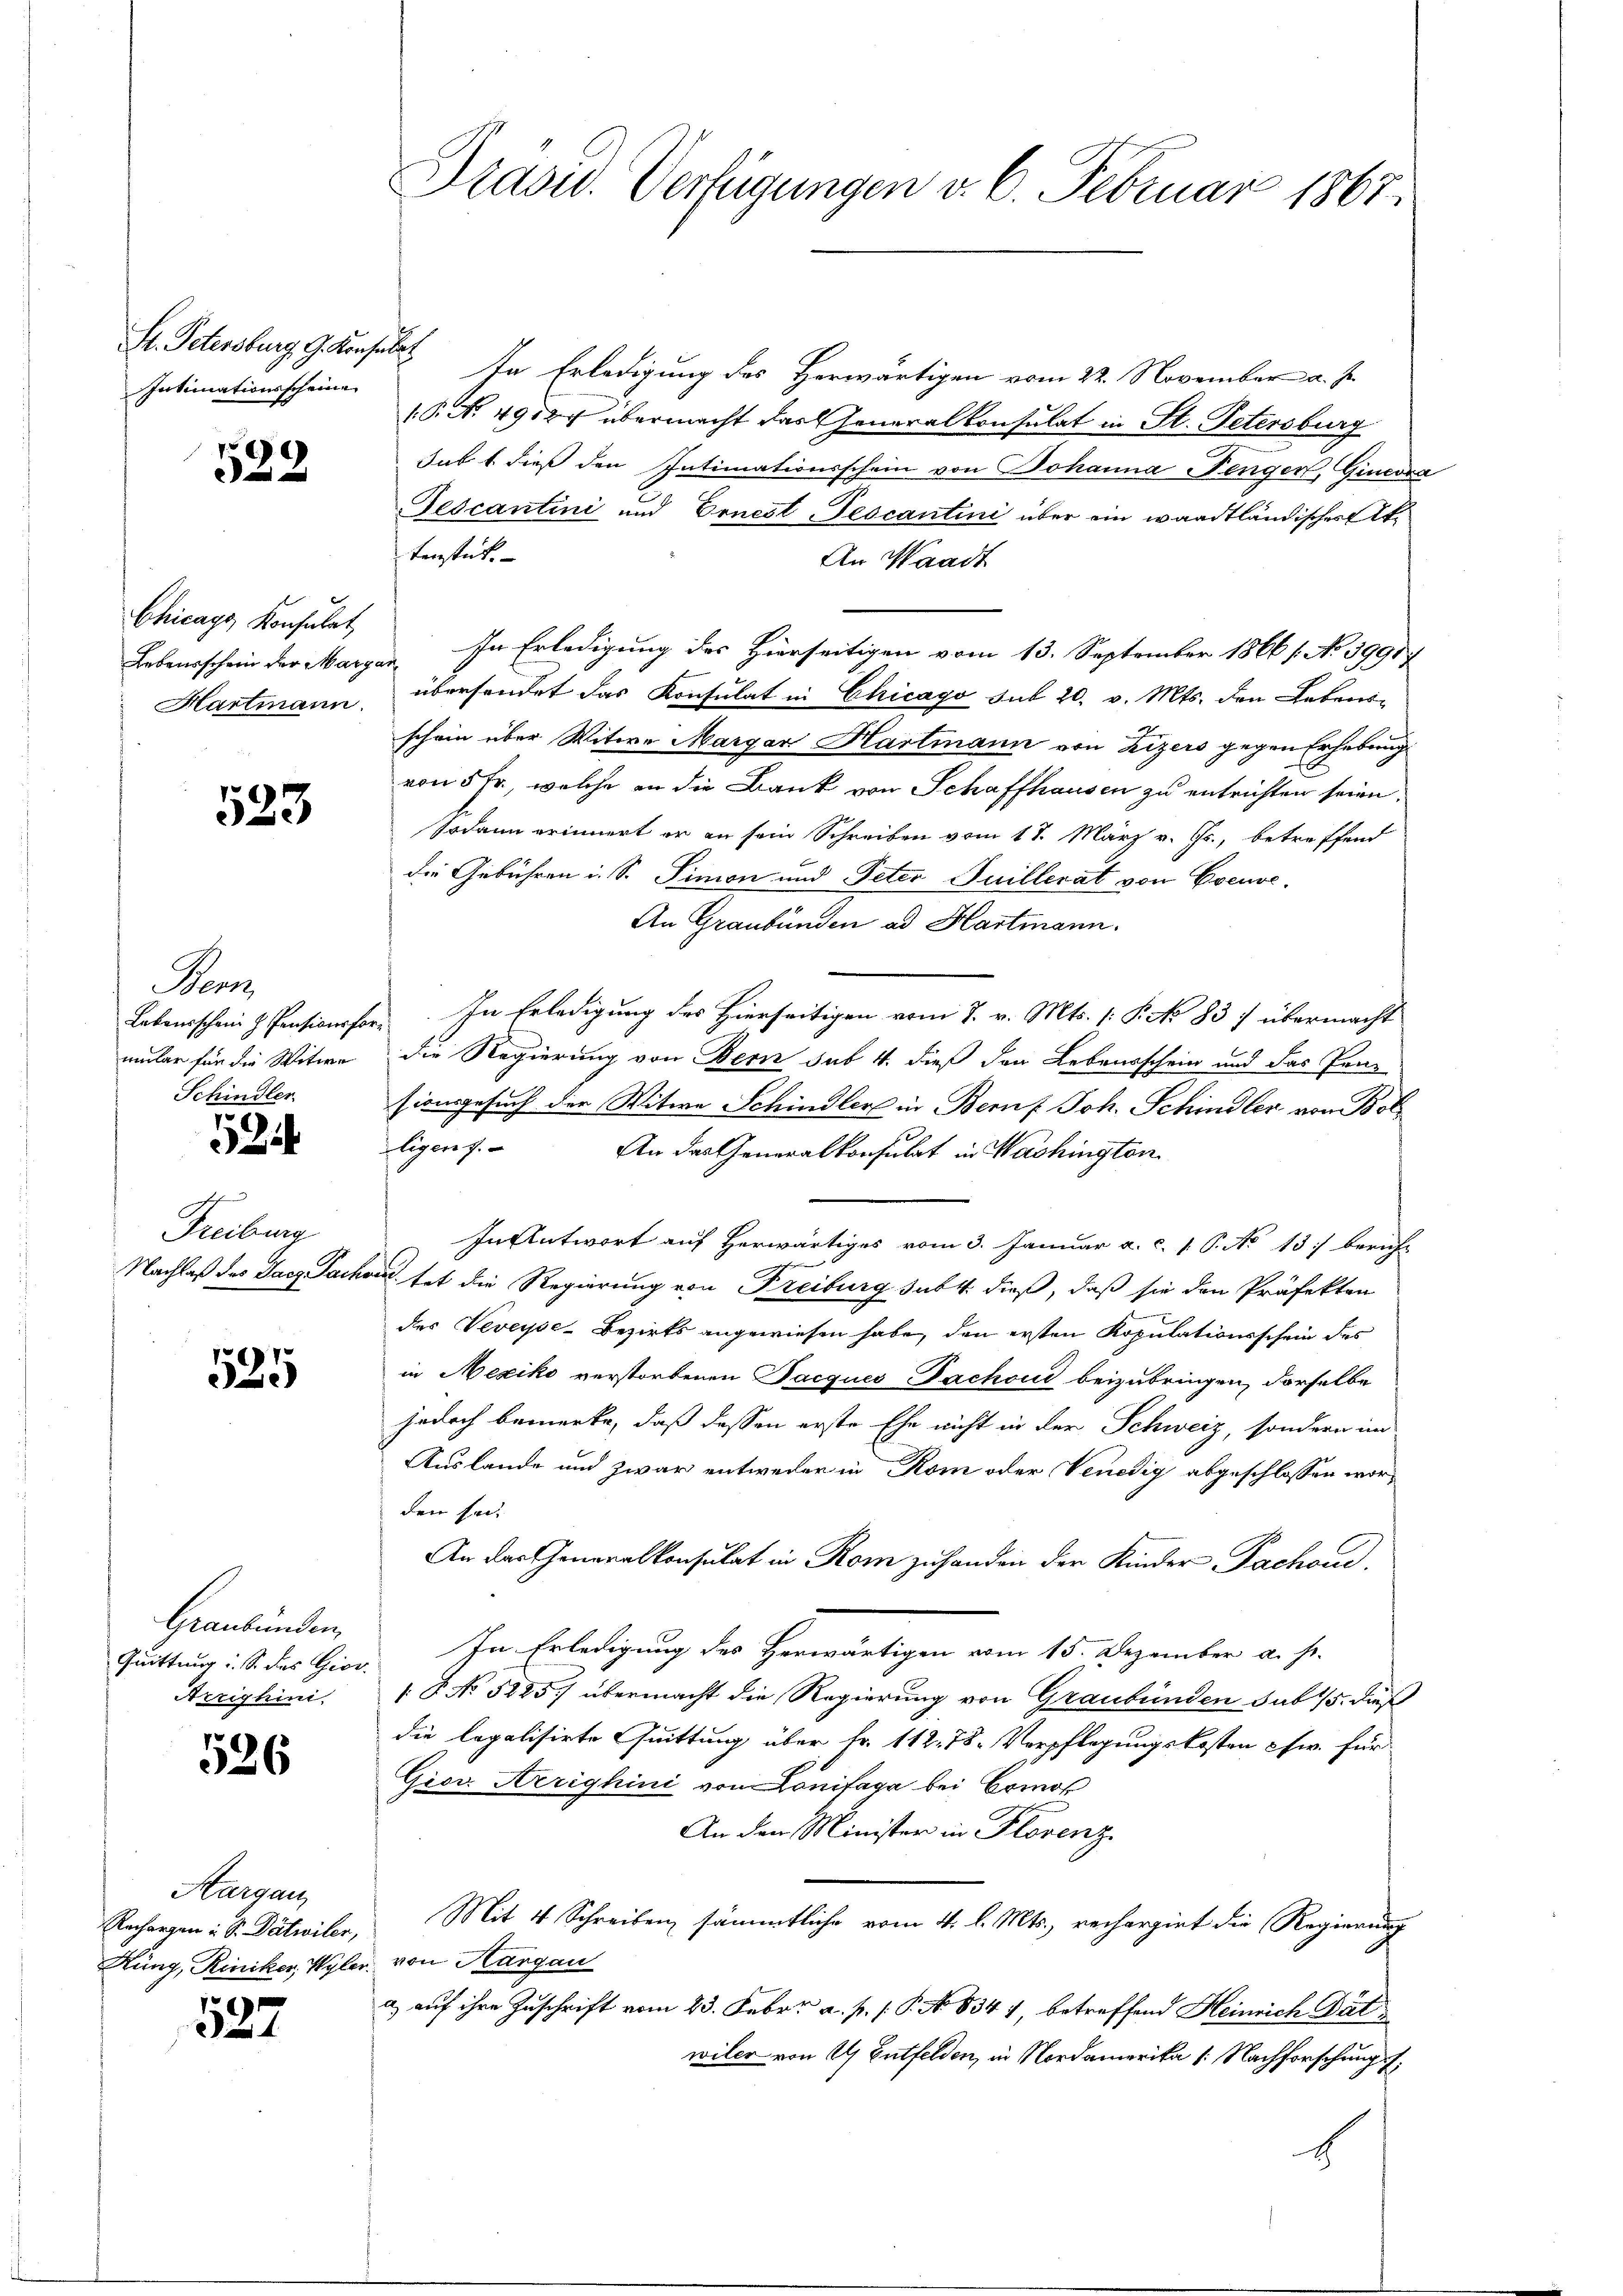
Intimationsscheine

529

Chicags Konsulat

523

anz
Schindler.

524

Freiburg

525

Graubünden,
Arrighini.

526

Aargau,
Rechargen in Sr. Dätwiler,

527

Hr. Petersburg G. Konsuls. In Erledigung des Herwärtigen vom 22. November a. J.
(P. N. 4900 übermacht das Generalkonsulat in St. Petersburg
sub 1. dieß den Intimationsschein von Johanna Fenger, Genera
Fescantini und Ernest-Tescantini über ein waadtländisches Aktenstück.
An Waadt
Lebensschein der Margen. In Erledigung des Hierseitigen vom 13. September 1866 /: No 39917
Hartmann übersendet das Konsulat in Chicago sub 20. v. Mts. den Lebens-
schein über Witwe Margar Hartmann von Zizers gegen Erhebung
von 5 fr., welche an die Bank von Schaffhausen zu entrichten seien.
Sodann erinnert er an sein Schreiben vom 17. März v. Js., betreffend
die Gebühren i. S. Simon und Peter Juillerat von Esenve
An Graubünden ad Hartmann.
Lebensschein & Pensionsor. In Erledigung des Hierseitigen vom 7. v. Mts. (: P. No 837 übermacht
mmler für die Witwe die Regierung von Bern sub 4. dieß den Lebensschein und das Pen-
sion gesuch der Witwe Schindler in Beruf Joh. Schindler von Bolligens.
An das Generalkonsulat in Washington
In Antwort auf herwärtiges vom 3. Januar a. c. 1. P. No 13. beruhe
Nachlaß des Jacz Sachen, tat die Regierung von Freiburg subt. dieß, daß sie den Präfekten
des Veveyse-Bezirks angewiesen habe, den ersten Kopulationsschein des
in Mexiko verstorbenen Facques Pachoud beizubringen, derselbe
jedoch bemerke, daß dessen erste Ehe nicht in der Schweiz, sondern im
Auslande und zwar entweder in Rom oder Venedig abgeschlossen worden sei.
An das Generalkonsulat in Rom zu handen der Kinder Pachoud
Quittung : S. das Gior. In Erledigung des Herwärtigen vom 15. Dezember a. s.
 P. No 5225) übermacht die Regierung von Graubünden sub 15. dieß
die legalisirte Quittung über Fr. 112. 78. Verpflegungskosten chw. für
Giov. Aerighini von Lonifaga bei Comoß
An den Minister in Plosenz.
Mit 4 Schreiben sämmtliche vom 4. l. Mts., rechargirt die Regierung
Hüng, Riniker, Wyler von Aargau
a) auf ihre Zuschrift vom 23. Febr. a. p. 1. P. No. 834 1, betreffend Heinrich Dälwiler von 4 Entfelden, in Nordamerika /: Nachforschung f
1

Pradw. Verfügungen v. 6. Februar 1867